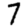
Digit: 7